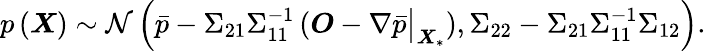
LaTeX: p\left(\boldsymbol{X}\right)\sim\mathcal{N}\left(\bar{p}-\Sigma_{21}\Sigma_{11}^{-1}\left(\boldsymbol{O}-\nabla\bar{p}\big|_{\boldsymbol{X}_{*}}\right),\Sigma_{22}-\Sigma_{21}\Sigma_{11}^{-1}\Sigma_{12}\right).